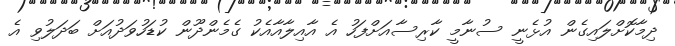
ދިމާކޮށްލައިގެން އުޅެނީ ސުނާމީ ކާރިސާއަށްފަހު އެ އާއިލާއާއެކު ގެމެންދޫން ކުޑަހުވަދުއަށް ބަދަލުވި އެ